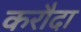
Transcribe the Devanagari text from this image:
करौदा